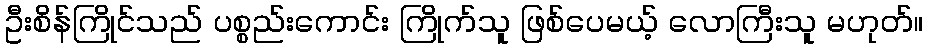
ဦးစိန်ကြိုင်သည် ပစ္စည်းကောင်း ကြိုက်သူ ဖြစ်ပေမယ့် လောကြီးသူ မဟုတ်။